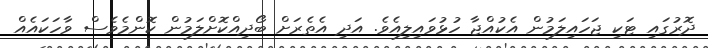
ދޮރުގައި ޓަކި ޖަހައިލަމުން އެކުއްޖާ ހުޅުވައިލިއެވެ. އަދި އެތެރަށް ބޯދިއްކޮށްލަމުން ކޮންމެވެސް ވާހަކައެއް